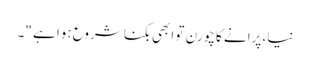
نیا، پرانے کا چورن تو ابھی بکنا شروع ہوا ہے "۔